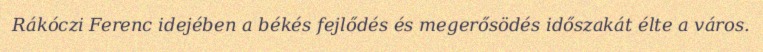
Rákóczi Ferenc idejében a békés fejlődés és megerősödés időszakát élte a város.